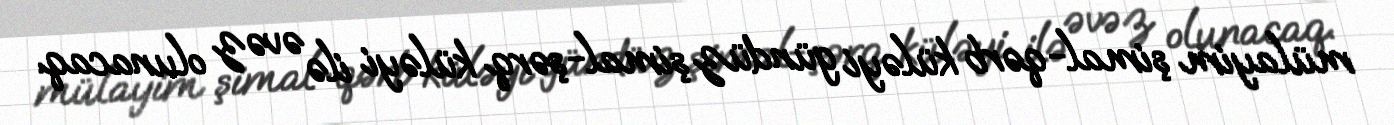
mülayim şimal-qərb küləyi gündüz şimal-şərq küləyi ilə əvəz olunacaq.